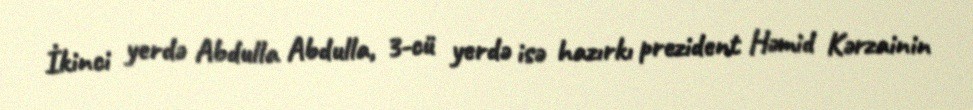
İkinci yerdə Abdulla Abdulla, 3-cü yerdə isə hazırkı prezident Həmid Kərzainin